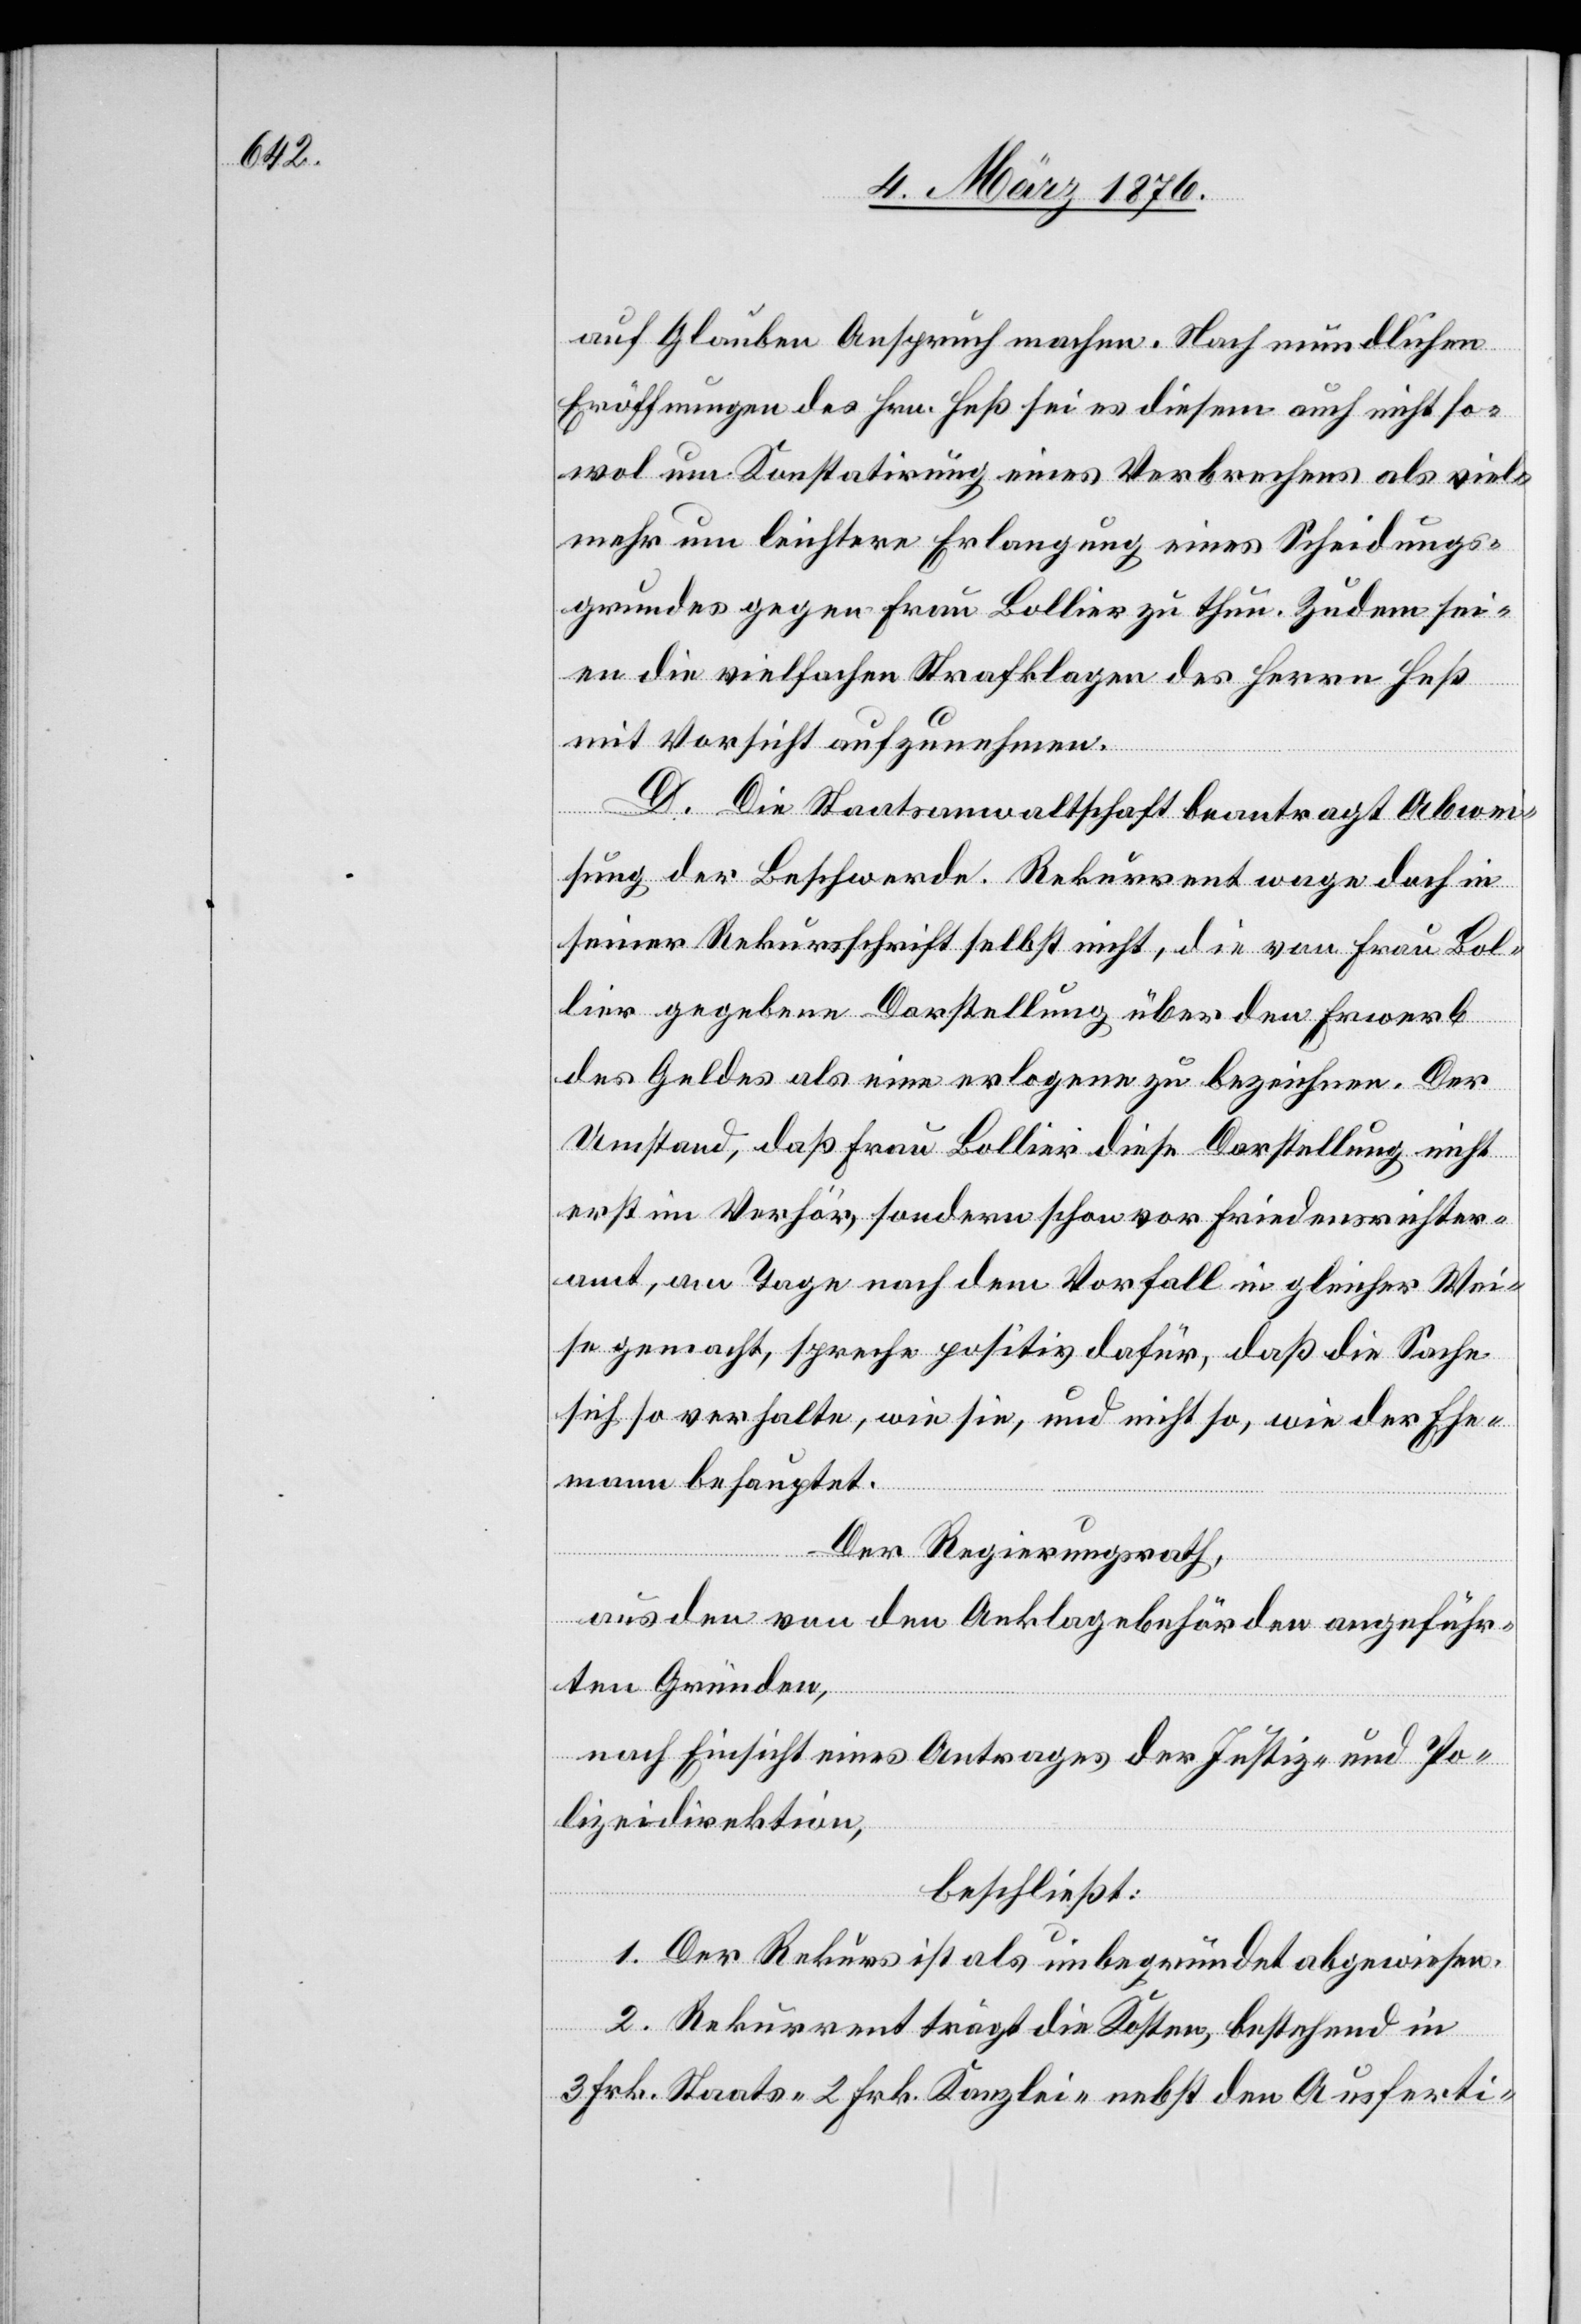
auf Glauben Anspruch machen. Nach mündlichen
Eröffnungen des Hrn. Heß sei es diesem auch nicht so¬
wol um Konstatirung eines Verbrechens als viel¬
mehr um leichtere Erlangung eines Scheidungs¬
grundes gegen Frau Bollier zu thun. Zudem sei¬
en die vielfachen Strafklagen des Herrn Heß
mit Vorsicht aufzunehmen.
D. Die Staatsanwaltschaft beantragt Abwei¬
sung der Beschwerde. Rekurrent wage doch in
seiner Rekursschrift selbst nicht, die von Frau Bol¬
lier gegebene Vorstellung über den Erwerb
des Geldes als eine erlogene zu bezeichnen. Der
Umstand, daß Frau Bollier diese Darstellung nicht
erst im Verhör, sondern schon vor Friedensrichter¬
amt, am Tage nach dem Vorfall in gleicher Wei¬
se gemacht, spreche positiv dafür, daß die Sache
sich so verhalte, wie sie, und nicht so, wie der Ehe¬
mann behauptet.
Der Regierungsrath,
aus den von den Anklagebehörden angeführ¬
ten Gründen,
nach Einsicht eines Antrages der Justiz- und Po¬
lizeidirektion,
beschließt:
1. Der Rekurs ist als unbegründet abgewiesen.
2. Rekurrent trägt die Kosten, bestehend in
3 Frk. Staats- 2 Frk. Kanzlei- nebst den Ausferti-